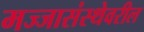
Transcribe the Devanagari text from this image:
मज्जासंस्थेवरील